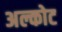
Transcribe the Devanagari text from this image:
अल्कोट